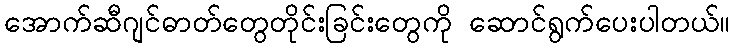
အောက်ဆီဂျင်ဓာတ်တွေတိုင်းခြင်းတွေကို ဆောင်ရွက်ပေးပါတယ်။